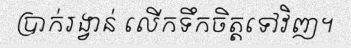
ប្រាក់រង្វាន់ លើកទឹកចិត្តទៅវិញ។